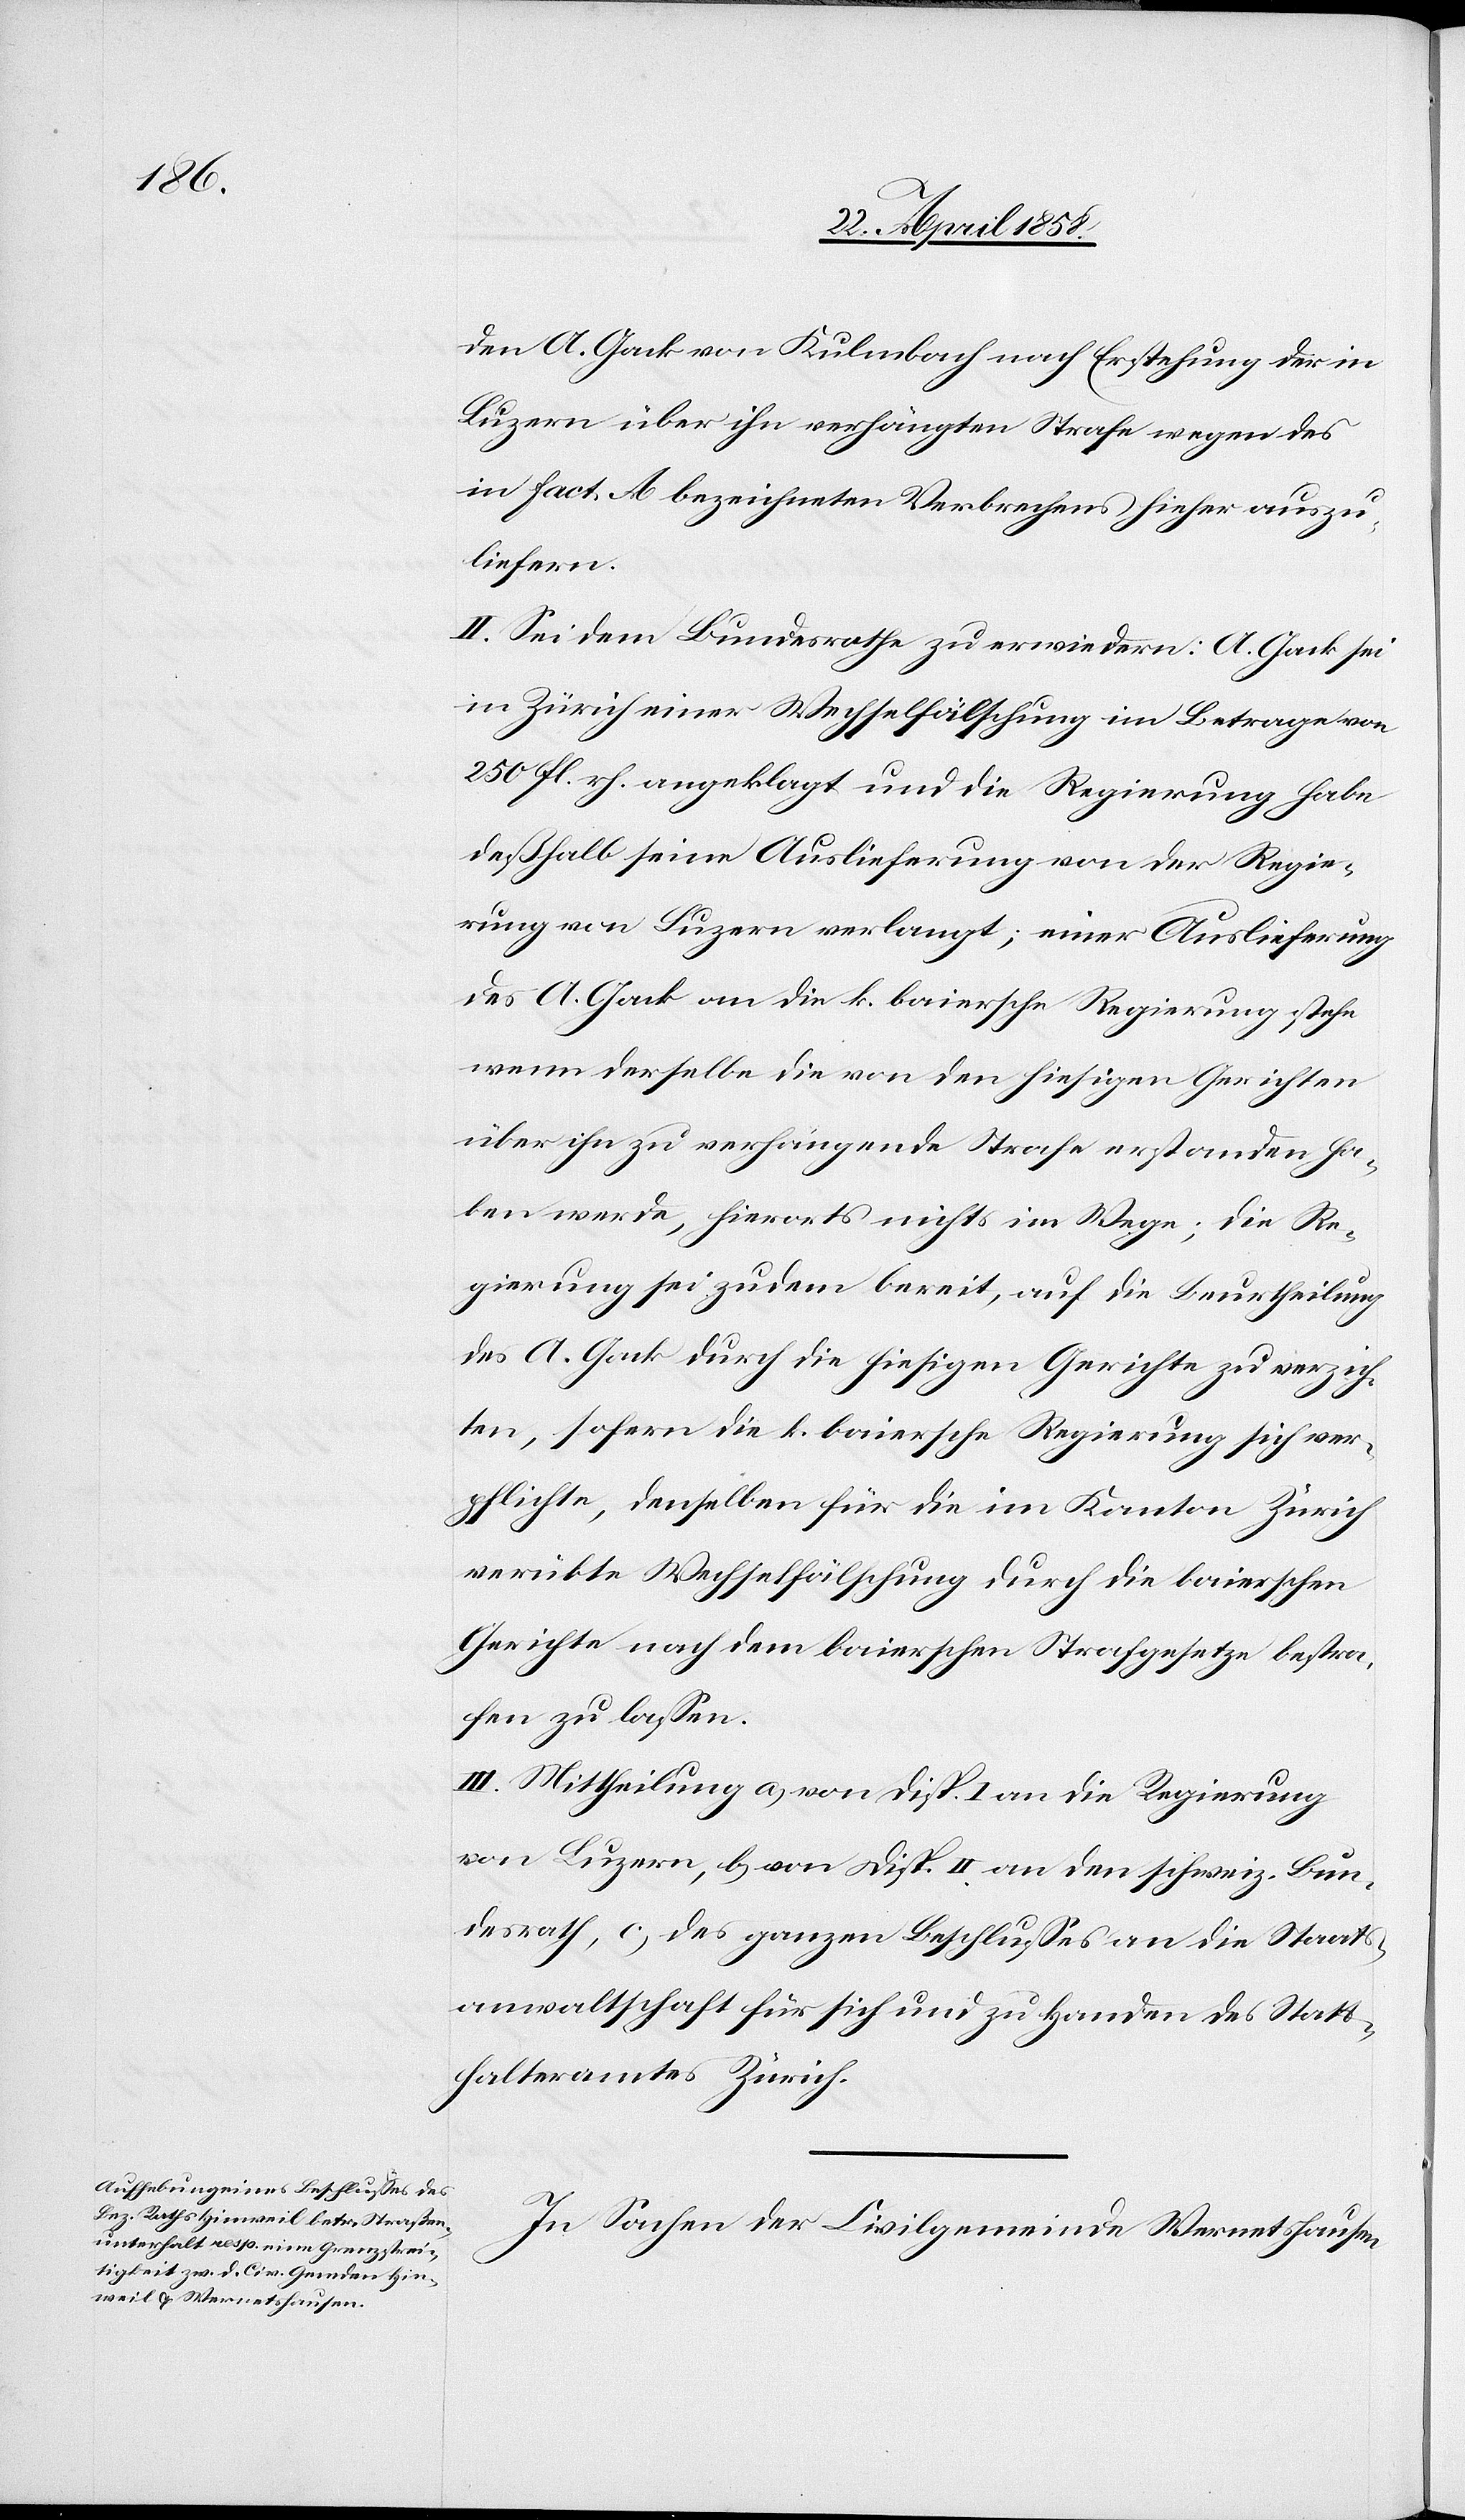
den A. Gack von Kulmbach nach Erstehung der in
Luzern über ihn verhängten Strafe wegen des
in fact. A bezeichneten Verbrechens hieher auszu¬
liefern.
II. Sei dem Bundesrath zu erwiedern: A. Gack sei
in Zürich einer Wechselfälschung im Betrage von
250 fl. rh. angeklagt und die Regierung habe
deßhalb seine Auslieferung von der Regie¬
rung von Luzern verlangt; eine Auslieferung
des A. Gack an die k. baiersche Regierung stehe
wenn derselbe die von den hiesigen Gerichten
über ihn zu verhängende Strafe erstanden ha¬
ben werde, hierorts nichts im Wege; die Re¬
gierung sei zudem bereit, auf die Beurtheilung
des A. Gack durch die hiesigen Gerichte zu verzich¬
ten, sofern die k. baiersche Regierung sich ver¬
pflichte, denselben für die im Kanton Zürich
verübte Wechselfälschung durch die baierschen
Gerichte nach dem baierschen Strafgesetze bestra¬
fen zu lassen.
III. Mittheilung a) von Disp. I an die Regierung
von Luzern, b) von Disp. II an den schweiz. Bun¬
desrath, c) des ganzen Beschlusses an die Staats¬
anwaltschaft für sich und zu Handen des Statt¬
halteramtes Zürich.
In Sachen der Civilgemeinde Wernetshausen